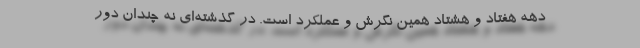
دهه هفتاد و هشتاد همین نگرش و عملکرد است. در گذشته‌ای نه چندان دور